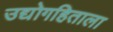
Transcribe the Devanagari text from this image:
उद्योगहिताला